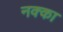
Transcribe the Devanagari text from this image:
नक्का